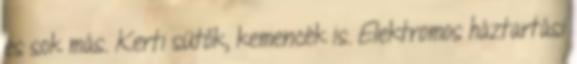
és sok más. Kerti sütők, kemencék is. Elektromos háztartási